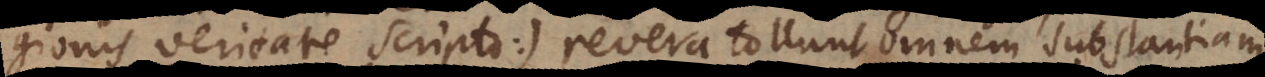
gionis veritate scripto) revera tollunt omnem substantiam